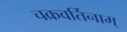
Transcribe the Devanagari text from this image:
चक्रवर्तिनाम्